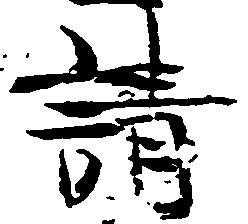
請